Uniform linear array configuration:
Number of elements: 4
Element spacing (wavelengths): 0.25
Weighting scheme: hamming
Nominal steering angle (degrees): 0
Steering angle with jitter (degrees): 1.456
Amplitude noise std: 0.05
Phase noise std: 0.05

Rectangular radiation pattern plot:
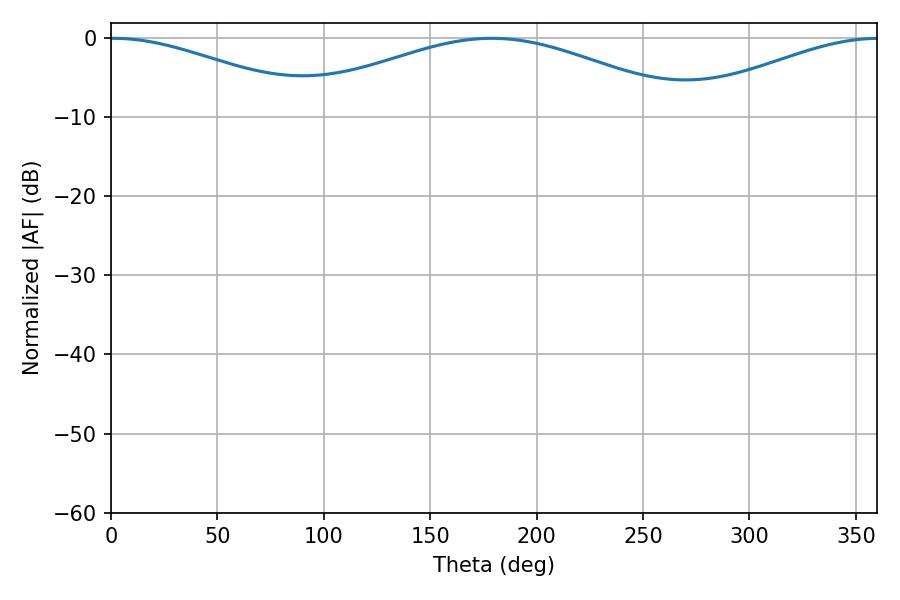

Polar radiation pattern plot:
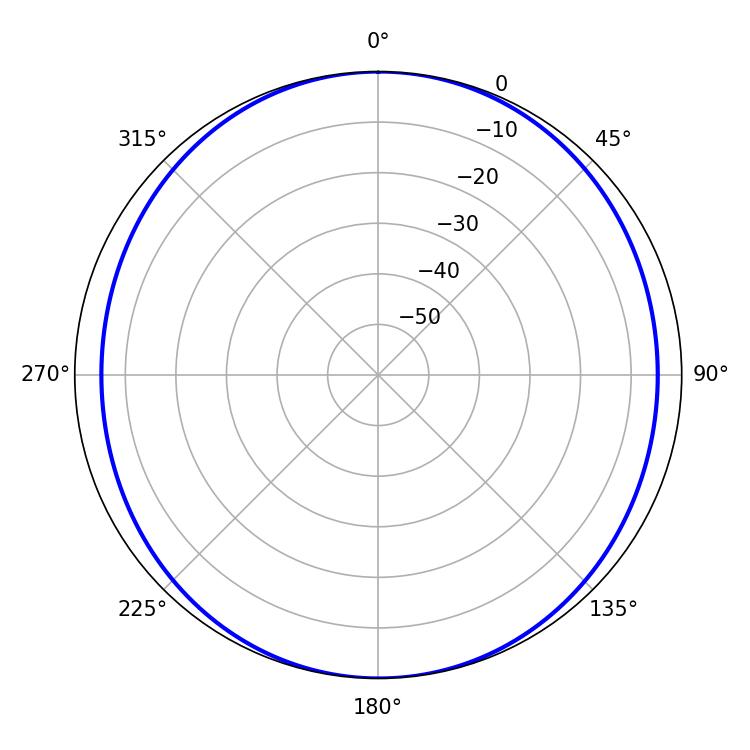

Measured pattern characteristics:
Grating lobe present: FALSE
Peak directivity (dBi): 14.289
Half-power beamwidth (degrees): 53.28
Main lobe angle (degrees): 1.08